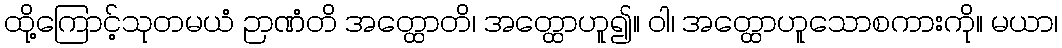
ထို့ကြောင့်သုတမယံ ဉာဏံတိ အတ္ထောတိ၊ အတ္ထောဟူ၍။ ဝါ၊ အတ္ထောဟူသောစကားကို။ မယာ၊